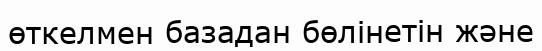
өткелмен базадан бөлінетін және